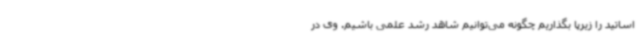
اساتید را زیرپا بگذاریم چگونه می‌توانیم شاهد رشد علمی باشیم. وی در